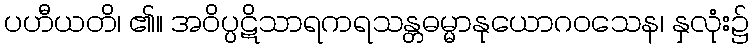
ပဟီယတိ၊ ၏။ အဝိပ္ပဋိသာရကရသန္တဓမ္မာနုယောဂဝသေန၊ နှလုံး၌